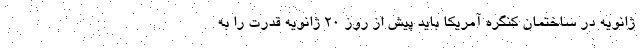
ژانویه در ساختمان کنگره آمریکا باید پیش از روز ۲۰ ژانویه قدرت را به